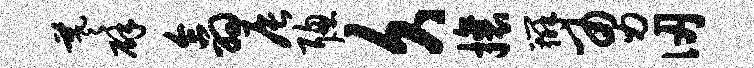
羲辟翕辰聪久攘辨勇仞